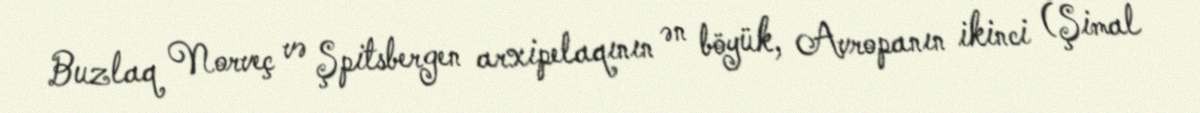
Buzlaq Norveç və Şpitsbergen arxipelaqının ən böyük, Avropanın ikinci (Şimal